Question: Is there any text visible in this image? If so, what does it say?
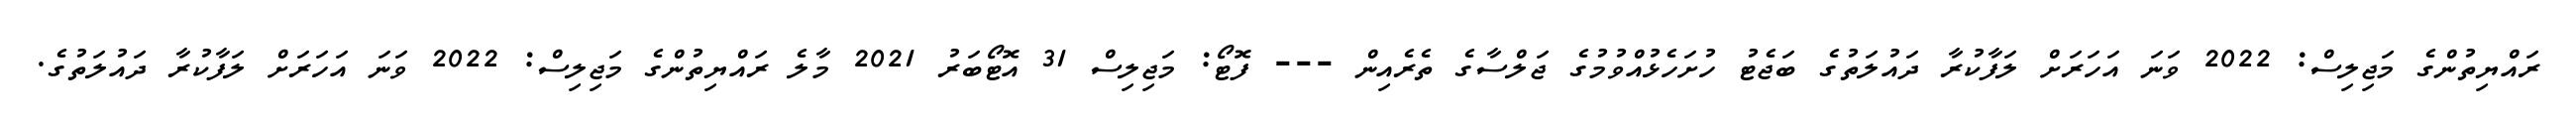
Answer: ރައްޔިތުންގެ މަޖިލިސް: 2022 ވަނަ އަހަރަށް ލަފާކުރާ ދައުލަތުގެ ބަޖެޓު ހުށަހެޅުއްވުމުގެ ޖަލްސާގެ ތެރެއިން --- ފޮޓޯ: މަޖިލިސް 31 އޮޓޯބަރު 2021 މާލެ ރައްޔިތުންގެ މަޖިލިސް: 2022 ވަނަ އަހަރަށް ލަފާކުރާ ދައުލަތުގެ.